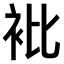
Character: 𧘱